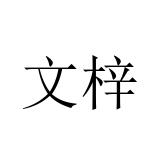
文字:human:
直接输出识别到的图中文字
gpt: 文梓